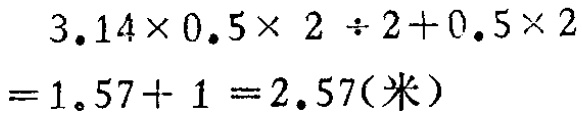
\[

\begin{align*}

&3.14\times0.5\times2\div2 + 0.5\times2\\

=&1.57 + 1\\

=&2.57(\text{米})

\end{align*}

\]